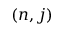
( n , j )